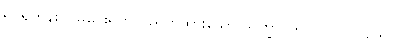
ရှင်ရဟန်း ပြုမပေးရဟု ပညတ်ထားသော သိက္ခာပုဒ်၊ ပါ-၁၂၀၊ ဋ္ဌ-၃၀၂။